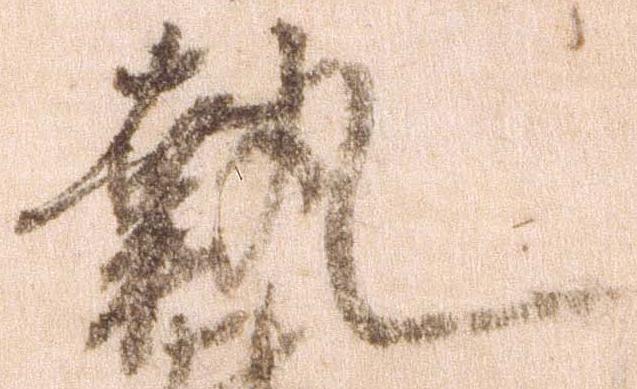
執